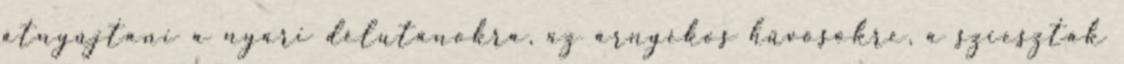
átnyújtani a nyári délutánokra, az árnyékos hűvösökre, a szieszták